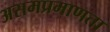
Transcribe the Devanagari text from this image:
असमप्रमाणता